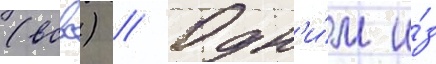
(всвс) // Одн'и́м и́з